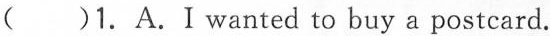
( )1.A.I wanted to buy a postcard.